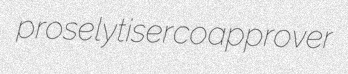
proselytiser coapprover